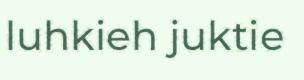
luhkieh juktie